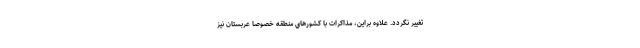
تغيير نگردد. علاوه براين، مذاكرات با كشورهاي منطقه خصوصا عربستان نيز